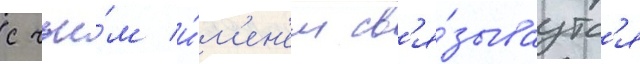
с чьи́м и́м'ен'ем св'я́зываутс'я